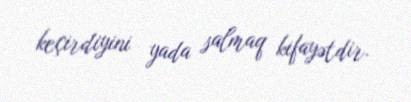
keçirdiyini yada salmaq kifayətdir.